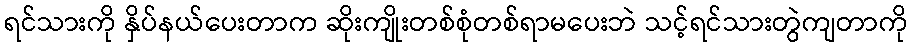
ရင်သားကို နှိပ်နယ်ပေးတာက ဆိုးကျိုးတစ်စုံတစ်ရာမပေးဘဲ သင့်ရင်သားတွဲကျတာကို